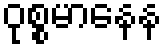
ဝုစ္စမာနေန